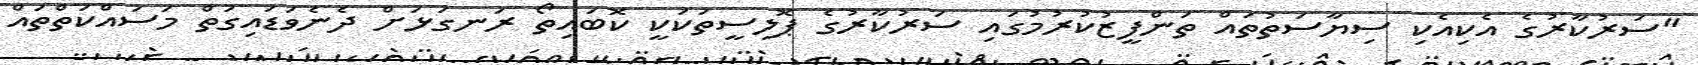
"ސަރުކާރުގެ އެކިއެކި ސިޔާސަތުތައް ތަންފީޒުކުރުމުގައި ސަރުކާރުގެ ޕޮލިސީތަކަކީ ކޮބައިތޯ ރަނގަޅަށް ދެނެވަޑައިގަތް މަސައްކަތްތައް